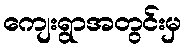
ကျေးရွာအတွင်းမှ